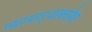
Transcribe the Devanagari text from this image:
व्यापाऱ्याबरोबर